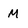
Character: M